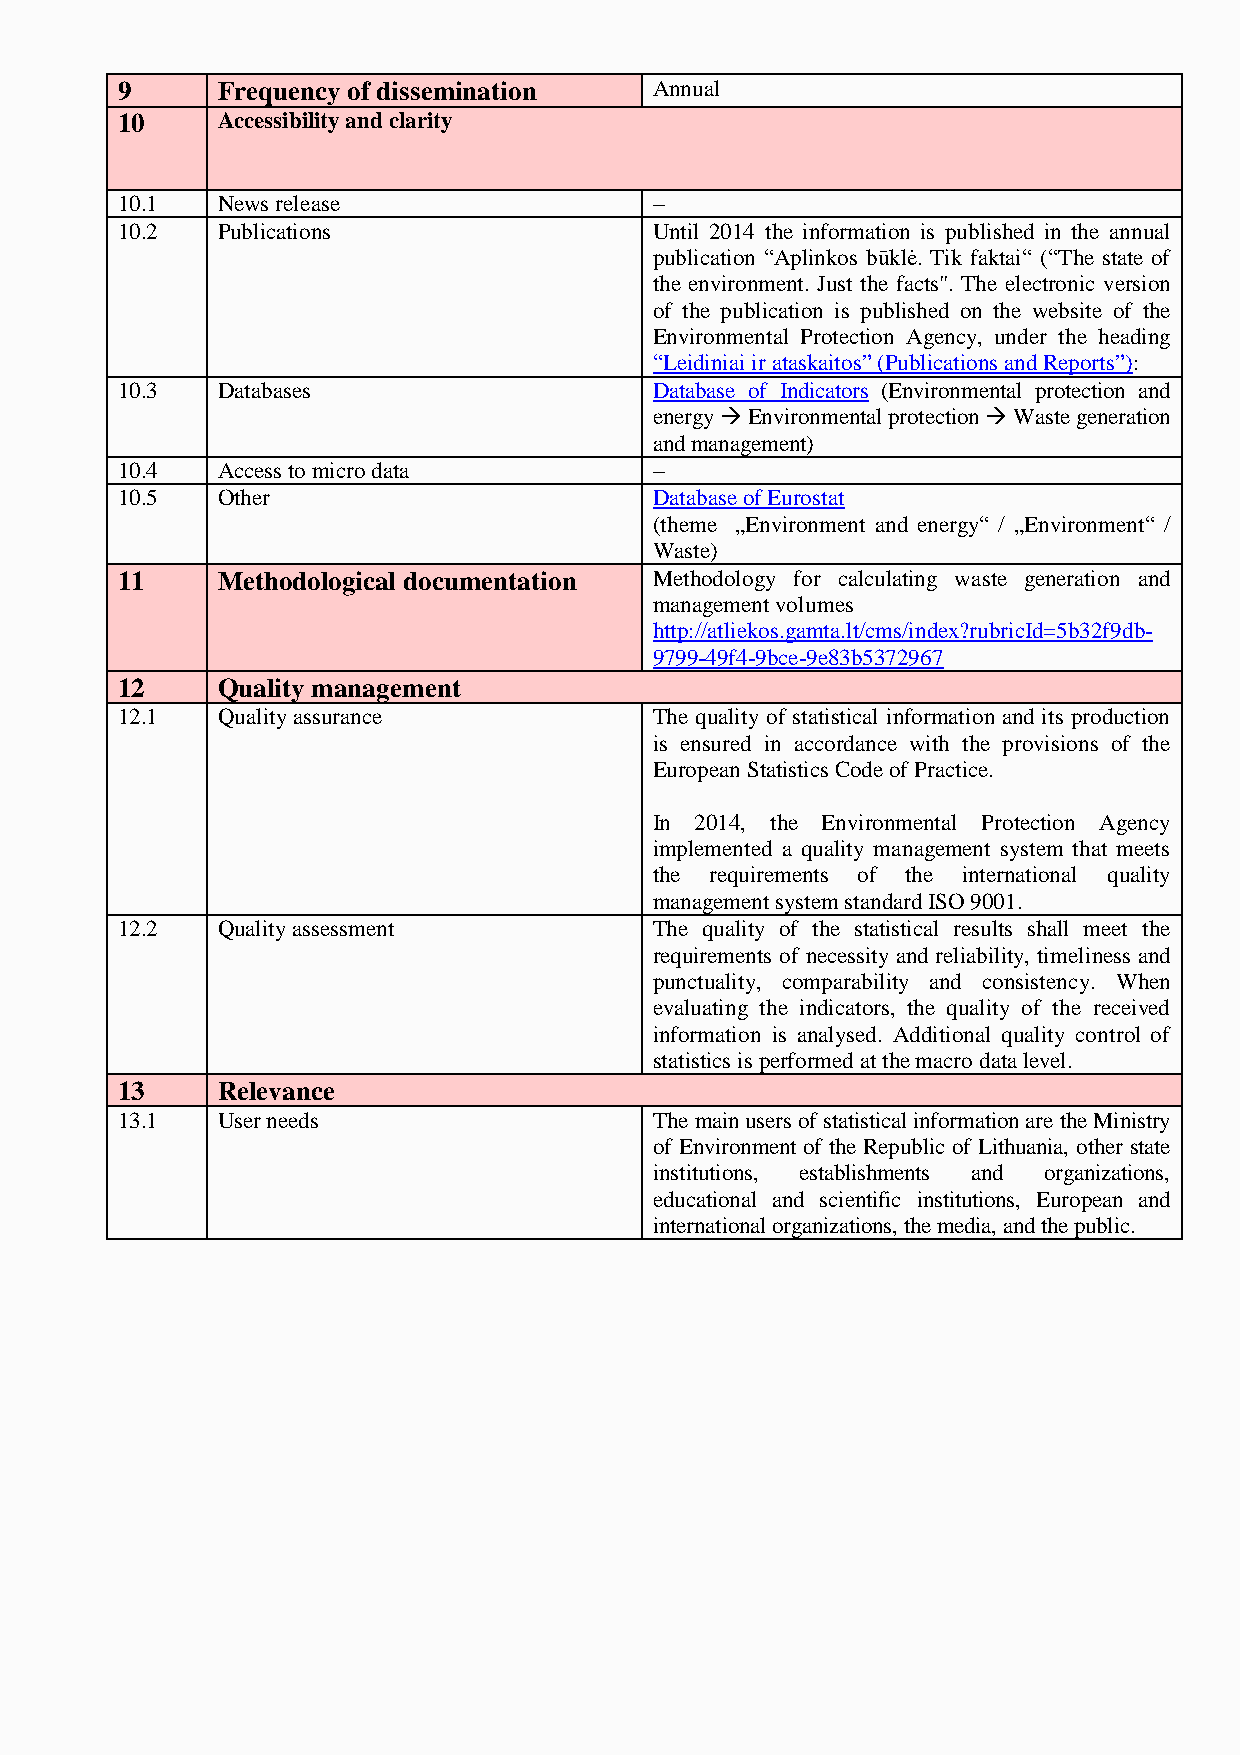
9     Frequency of dissemination   Annual
 10    Accessibility and clarity
 10.1  News release                 –
 10.2  Publications                 Until 2014 the information is published in the annual
 publication “Aplinkos būklė. Tik faktai“ (“The state of
 the environment. Just the facts". The electronic version
 of the publication is published on the website of the
 Environmental Protection Agency, under the heading
 “Leidiniai ir ataskaitos” (Publications and Reports”):
 10.3  Databases                    Database of Indicators (Environmental protection and
 energy  Environmental protection  Waste generation
 and management)
 10.4  Access to micro data         –
 10.5  Other                        Database of Eurostat
 (theme „Environment and energy“ / „Environment“ /
 Waste)
 11    Methodological documentation Methodology for calculating waste generation and
 management volumes
 http://atliekos.gamta.lt/cms/index?rubricId=5b32f9db-
 9799-49f4-9bce-9e83b5372967
 12    Quality management
 12.1  Quality assurance            The quality of statistical information and its production
 is ensured in accordance with the provisions of the
 European Statistics Code of Practice.
 In 2014, the Environmental Protection Agency
 implemented a quality management system that meets
 the requirements of the international quality
 management system standard ISO 9001.
 12.2  Quality assessment           The quality of the statistical results shall meet the
 requirements of necessity and reliability, timeliness and
 punctuality, comparability and consistency. When
 evaluating the indicators, the quality of the received
 information is analysed. Additional quality control of
 statistics is performed at the macro data level.
 13    Relevance
 13.1  User needs                   The main users of statistical information are the Ministry
 of Environment of the Republic of Lithuania, other state
 institutions, establishments and organizations,
 educational and scientific institutions, European and
 international organizations, the media, and the public.